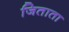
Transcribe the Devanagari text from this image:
जिताता